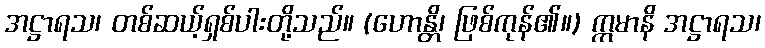
အဋ္ဌာရသ၊ တစ်ဆယ့်ရှစ်ပါးတို့သည်။ (ဟောန္တိ၊ ဖြစ်ကုန်၏။) ဣမာနိ အဋ္ဌာရသ၊